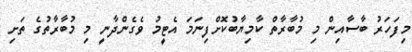
މިފަހަރު ބާސާއިން މި މުބާރާތް ކާމިޔާބުކޮށްފިނަމަ އެޓީމު ވެގެންދާނީ މި މުބާރާތުގެ ތަށި